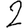
Digit: 2